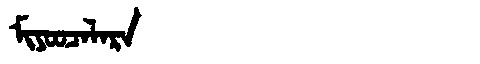
Manchu: ᠮᡳᠶᠣᠣᠴᠠᠯᠠᡵᠠ
Romanization: MIYOOCALARA